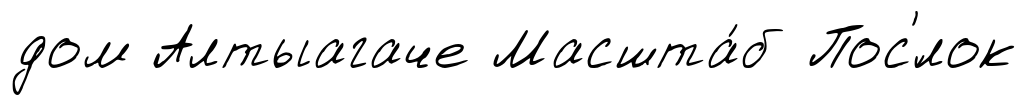
дом Алтыагаче Масшта́б Пос'́лок